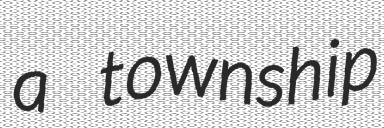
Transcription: a township